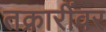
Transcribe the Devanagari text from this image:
तक्रारींवर